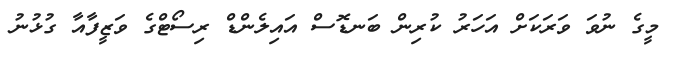
މީގެ ނުވަ ވަރަކަށް އަހަރު ކުރިން ބަނޑޮސް އައިލެންޑް ރިސޯޓްގެ ވަޒީފާއާ ގުޅުނު